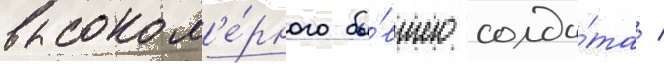
высоком'е́рного бы́вшего солда́та /